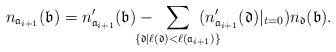
LaTeX: \begin{align*}n_{{\mathfrak{a}_{i+1}}}(\mathfrak{b})=n'_{{\mathfrak{a}_{i+1}}}(\mathfrak{b}) -\; \; \sum_{\mathclap{\{\mathfrak{d}\mid \ell(\mathfrak{d}) < \ell({\mathfrak{a}_{i+1}})\}}} \; \;(n'_{ {\mathfrak{a}_{i+1}}}(\mathfrak{d})|_{t=0})n_\mathfrak{d}(\mathfrak{b}).\end{align*}